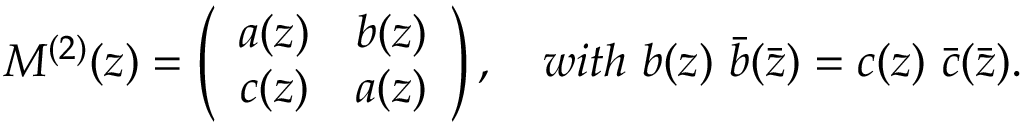
M ^ { ( 2 ) } ( z ) = \left( \begin{array} { c c } { { a ( z ) } } & { { b ( z ) } } \\ { { c ( z ) } } & { { a ( z ) } } \end{array} \right) , \quad w i t h \ b ( z ) \ \bar { b } ( \bar { z } ) = c ( z ) \ \bar { c } ( \bar { z } ) .